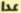
عدا